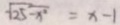
\sqrt { 2 5 - x ^ { 2 } } = x - 1